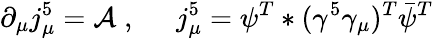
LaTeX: \partial_{\mu}j_{\mu}^{5}={\cal A}\; ,\; \; \; \; \; j_{\mu}^{5}=\psi^{T}*(\gamma^{5}\gamma_{\mu})^{T}{\bar{\psi}}^{T}